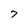
Character: 7